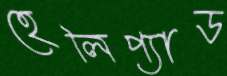
হেলিপ্যাড